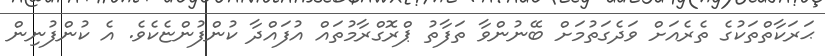
ޙަރަކާތްތަކުގެ ތެރެއަށް ވަދެގަތުމަށް ބޭނުންވާ ތަފާތު ޕްރޮގްރާމުތައް އުފައްދާ ކުންފުންޏެކެވެ. އެ ކުންފުނިން